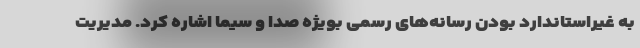
به غیراستاندارد بودن رسانه‌های رسمی بویژه صدا و سیما اشاره کرد. مدیریت